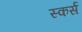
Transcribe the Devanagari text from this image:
स्कर्स